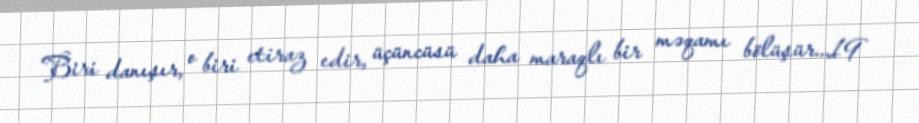
Biri danışır, o biri etiraz edir, üçüncüsü daha maraqlı bir məqamı bölüşür...19